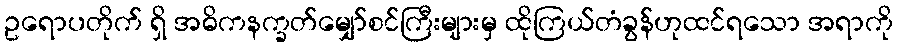
ဥရောပတိုက် ရှိ အဓိကနက္ခတ်မျှော်စင်ကြီးများမှ ထိုကြယ်တံခွန်ဟုထင်ရသော အရာကို